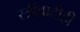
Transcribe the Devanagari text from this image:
स्त्रीवादीही